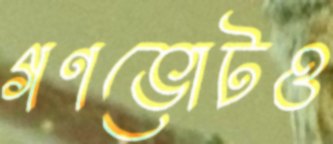
গণভোটও